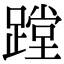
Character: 蹚